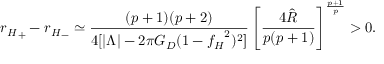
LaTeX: { r _ { H } } _ { + } - { r _ { H } } _ { - } \simeq \frac { ( p + 1 ) ( p + 2 ) } { 4 [ | \Lambda | - 2 \pi G _ { D } ( 1 - { f _ { H } } ^ { 2 } ) ^ { 2 } ] } \left[ \frac { 4 \hat { R } } { p ( p + 1 ) } \right] ^ { \frac { p + 1 } { p } } > 0 .